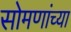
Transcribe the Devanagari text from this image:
सोमणांच्या